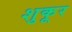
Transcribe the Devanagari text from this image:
शुकूर